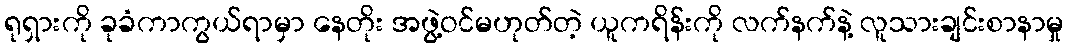
ရုရှားကို ခုခံကာကွယ်ရာမှာ နေတိုး အဖွဲ့ဝင်မဟုတ်တဲ့ ယူကရိန်းကို လက်နက်နဲ့ လူသားချင်းစာနာမှု